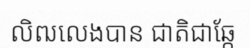
លិឍលេងបាន ជាតិជាឆ្កែ